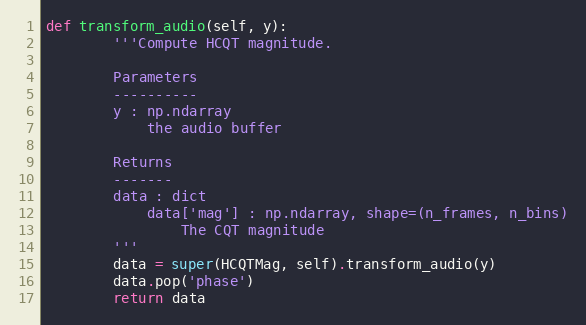
Language: Python
def transform_audio(self, y):
        '''Compute HCQT magnitude.

        Parameters
        ----------
        y : np.ndarray
            the audio buffer

        Returns
        -------
        data : dict
            data['mag'] : np.ndarray, shape=(n_frames, n_bins)
                The CQT magnitude
        '''
        data = super(HCQTMag, self).transform_audio(y)
        data.pop('phase')
        return data